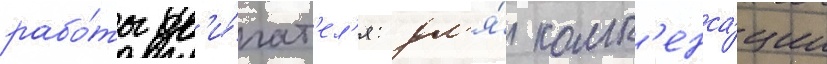
рабо́ты дв'и́гат'ел'я: дл'я́ комп'енса́ции